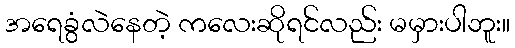
အရေခွံလဲနေတဲ့ ကလေးဆိုရင်လည်း မမှားပါဘူး။